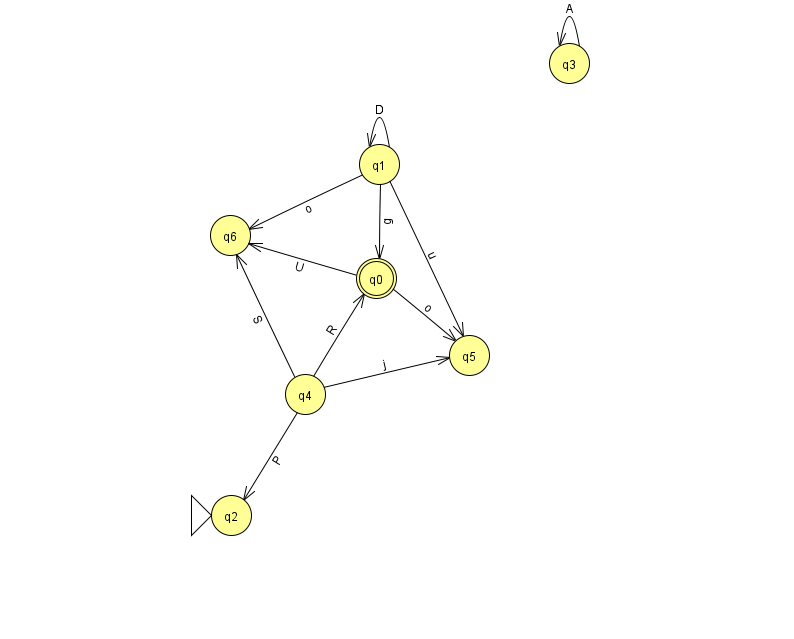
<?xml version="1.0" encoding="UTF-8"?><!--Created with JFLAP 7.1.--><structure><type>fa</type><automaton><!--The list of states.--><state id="0" name="q0"><x>376.0</x><y>265.0</y><final/></state><state id="1" name="q1"><x>379.0</x><y>151.0</y></state><state id="2" name="q2"><x>231.0</x><y>502.0</y><initial/></state><state id="3" name="q3"><x>569.0</x><y>50.0</y></state><state id="4" name="q4"><x>305.0</x><y>381.0</y></state><state id="5" name="q5"><x>469.0</x><y>342.0</y></state><state id="6" name="q6"><x>230.0</x><y>222.0</y></state><!--The list of transitions.--><transition><from>3</from><to>3</to><read>A</read></transition><transition><from>1</from><to>6</to><read>o</read></transition><transition><from>0</from><to>6</to><read>U</read></transition><transition><from>1</from><to>1</to><read>D</read></transition><transition><from>4</from><to>0</to><read>R</read></transition><transition><from>4</from><to>6</to><read>S</read></transition><transition><from>0</from><to>5</to><read>o</read></transition><transition><from>1</from><to>0</to><read>g</read></transition><transition><from>4</from><to>5</to><read>j</read></transition><transition><from>1</from><to>5</to><read>u</read></transition><transition><from>4</from><to>2</to><read>P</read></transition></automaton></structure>